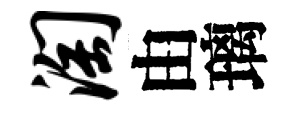
淘由璃